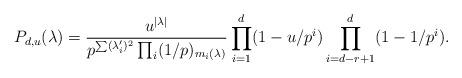
LaTeX: \begin{align*} P_{d,u}(\lambda) = \frac{u^{|\lambda|}}{p^{\sum (\lambda_i')^2} \prod_i (1/p)_{m_i(\lambda)}}\prod_{i=1}^d (1-u/p^i) \prod_{i=d-r+1}^d (1-1/p^i).\end{align*}